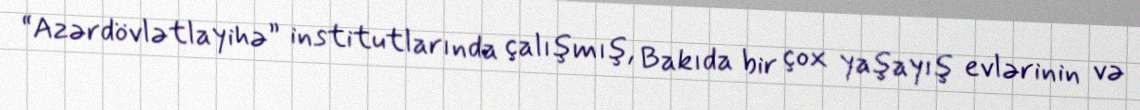
“Azərdövlətlayihə” institutlarında çalışmış, Bakıda bir çox yaşayış evlərinin və